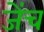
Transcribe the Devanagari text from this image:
जेंच